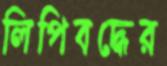
লিপিবদ্ধের